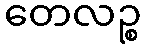
တေလဉ္စ